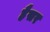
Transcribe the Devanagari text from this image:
हैैसर